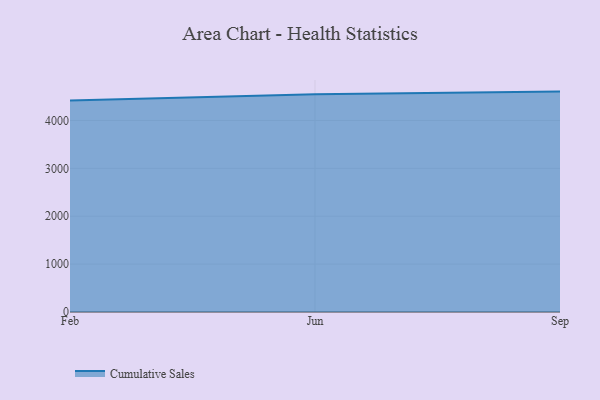
{"axis": {"x": "Month", "y": "Gross Profit (USD K)"}, "legend": ["Cumulative Sales"], "data": [{"x": "Feb", "y": 4417.9, "type": "Cumulative Sales"}, {"x": "Jun", "y": 4546.0, "type": "Cumulative Sales"}, {"x": "Sep", "y": 4603.0, "type": "Cumulative Sales"}]}